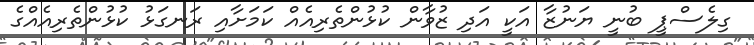
ގިލެސްޕީ ބުނީ ޔަނުޒާ އަކީ އަދި ޒުވާން ކުޅުންތެރިއެއް ކަމަށާއި ރަނގަޅު ކުޅުންތެރިއެއްގެ